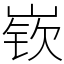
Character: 嵚